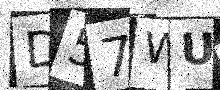
Text: D57WUL